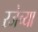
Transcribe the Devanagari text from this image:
रजेच्या